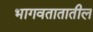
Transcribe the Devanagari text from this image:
भागवतातातील